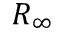
R _ { \infty }